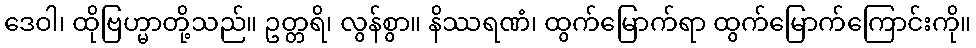
ဒေဝါ၊ ထိုဗြဟ္မာတို့သည်။ ဥတ္တရိ၊ လွန်စွာ။ နိဿရဏံ၊ ထွက်မြောက်ရာ ထွက်မြောက်ကြောင်းကို။